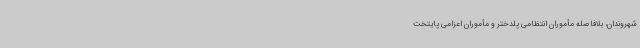
شهروندان، بلافاصله مأموران انتظامی پلدختر و مأموران اعزامی پایتخت